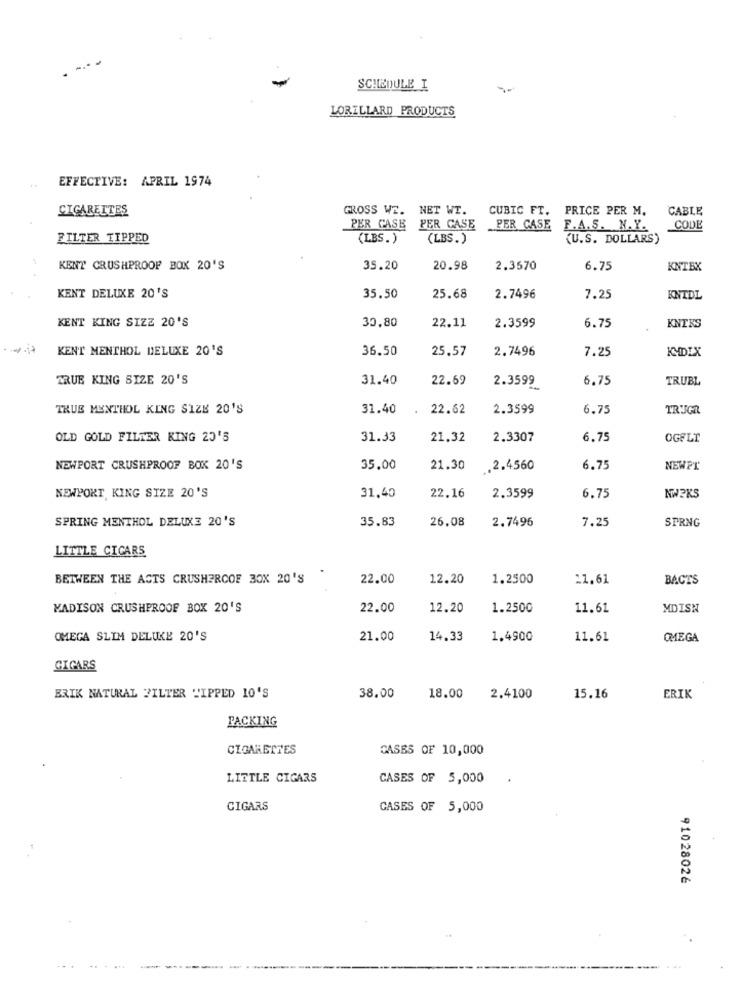
SCHEDULE I
LORILLARD PRODUCTS
EFFECTIVE: APRIL 1974
CIGARETTES
GROSS WE. NET WT.
CUBIC FT.
PRICE PER M.
CABLE
PER CASE PER CASE
PER CASE
F.A.S. N.Y.
CODE
FILTER TIPPED
(LBS.)
(LBS.)
(U.S. DOLLARS)
KENT CRUSHPROOF BOX 20'S
35.20
20.98
2.3570
6.75
KNTEX
KENT DELUXE 20'S
35.50
25.68
2.7496
7.25
KNTDL
KENT KING SIZE 20'S
30,80
22.11
2.3599
6.75
KNTKS
KENT MENTHOL DELUXE 20'S
36.50
25.57
2.7496
7.25
KMDIX
TRUE KING SIZE 20'S
31.40
22.69
2.3599
6.75
TRUBL
TRUE MENTHOL KING SIZE 20'S
31.40
22.62
2.3599
6.75
TR'JGR
OLD GOLD FILTER KING 20'S
31.33
21.32
2.3307
6.75
OGFLT
NEWPORT CRUSHPROOF BOK 20'S
35.00
21.30
.2.4560
6.75
NEWPT
NEWPORT KING SIZE 20'S
31,40
22.16
2.3599
6.75
KW2KS
SPRING MENTHOL DELUXE 20'S
35.83
26.08
2.7496
7.25
SPRNG
LITTLE CIGARS
BETWEEN THE ACTS CRUSHERCOF 30X 20'S
22.00
12.20
1.2500
21.61
BACTS
MADISON CRUSHPROOF BOX 20'S
22.00
12.20
1.2500
11.61
MDISN
OMEGA SLIM DELUKE 20'S
21.00
14.33
1.4900
11.61
OMEGA
CIGARS
BRIK NATURAL FILTER "IPPED 10'S
38.00
18.00
2.4100
15.16
ERIK
PACKING
CIGARETTES
CASES OF 10,000
LITTLE CIGARS
CASES OF 5,000
CIGARS
GASES OF 5,000
91028026
..